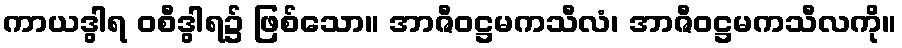
ကာယဒွါရ ဝစီဒွါရ၌ ဖြစ်သော။ အာဇီဝဋ္ဌမကသီလံ၊ အာဇီဝဋ္ဌမကသီလကို။